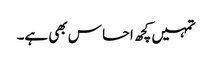
تمہیں کچھ احسا س بھی ہے۔